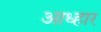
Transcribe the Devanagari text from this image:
आध्हार